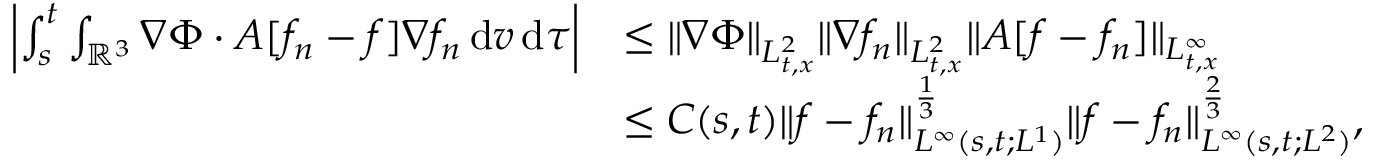
\begin{array} { r l } { \left\vert \int _ { s } ^ { t } \int _ { \ensuremath { { \mathbb R } } ^ { 3 } } \nabla \Phi \cdot A [ f _ { n } - f ] \nabla f _ { n } \, \mathrm { d } v \, \mathrm { d } \tau \right\vert } & { \le \| \nabla \Phi \| _ { L _ { t , x } ^ { 2 } } \| \nabla f _ { n } \| _ { L _ { t , x } ^ { 2 } } \| A [ f - f _ { n } ] \| _ { L _ { t , x } ^ { \infty } } } \\ & { \le C ( s , t ) \| f - f _ { n } \| _ { L ^ { \infty } ( s , t ; L ^ { 1 } ) } ^ { \frac { 1 } { 3 } } \| f - f _ { n } \| _ { L ^ { \infty } ( s , t ; L ^ { 2 } ) } ^ { \frac { 2 } { 3 } } , } \end{array}